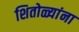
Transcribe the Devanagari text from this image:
शितोळ्यांना